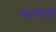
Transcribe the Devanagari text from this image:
स्थानीयों